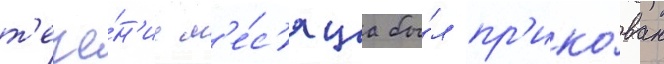
т'ече́н'ие м'е́с'яца бы́л пр'ико́ван